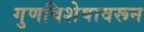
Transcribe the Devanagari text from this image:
गुणविशेषावरून